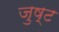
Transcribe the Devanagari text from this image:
जुष्ट